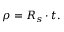
\rho = R _ { s } \cdot t .